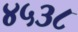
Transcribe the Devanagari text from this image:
४५३८